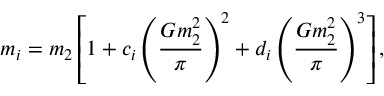
m _ { i } = m _ { 2 } \left[ 1 + c _ { i } \left( \frac { G m _ { 2 } ^ { 2 } } { \pi } \right) ^ { 2 } + d _ { i } \left( \frac { G m _ { 2 } ^ { 2 } } { \pi } \right) ^ { 3 } \right] ,